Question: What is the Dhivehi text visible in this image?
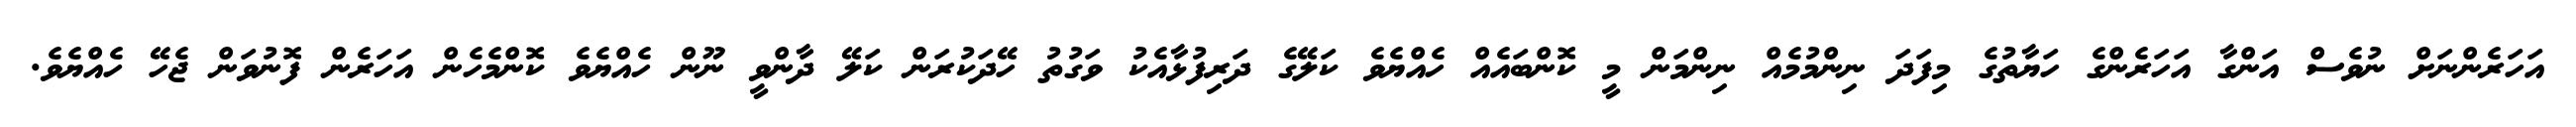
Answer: އަހަރެންނަށް ނުވެސް އަންގާ އަހަރެންގެ ހަޔާތުގެ މިފަދަ ނިންމުމެއް ނިންމަން މީ ކޮންބައެއް ހެއްޔެވެ ކަލޭގެ ދަރިފުޅާއެކު ވަގުތު ހޭދަކުރަން ކަލޭ ދާންވީ ނޫން ހެއްޔެވެ ކޮންމެހެން އަހަރެން ފޮނުވަން ޖެހޭ ހެއްޔެވެ.